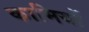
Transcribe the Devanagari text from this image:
कामियों